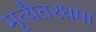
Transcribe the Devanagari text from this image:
मृत्यैतरधमा